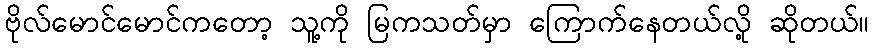
ဗိုလ်မောင်မောင်ကတော့ သူ့ကို မြကသတ်မှာ ကြောက်နေတယ်လို့ ဆိုတယ်။